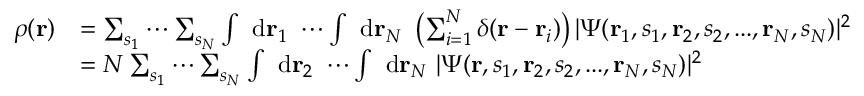
{ \begin{array} { r l } { \rho ( \mathbf { r } ) } & { = \sum _ { { s } _ { 1 } } \cdots \sum _ { { s } _ { N } } \int \ \mathrm { d } \mathbf { r } _ { 1 } \ \cdots \int \ \mathrm { d } \mathbf { r } _ { N } \ \left( \sum _ { i = 1 } ^ { N } \delta ( \mathbf { r } - \mathbf { r } _ { i } ) \right) | \Psi ( \mathbf { r } _ { 1 } , s _ { 1 } , \mathbf { r } _ { 2 } , s _ { 2 } , . . . , \mathbf { r } _ { N } , s _ { N } ) | ^ { 2 } } \\ & { = N \sum _ { { s } _ { 1 } } \cdots \sum _ { { s } _ { N } } \int \ \mathrm { d } \mathbf { r } _ { 2 } \ \cdots \int \ \mathrm { d } \mathbf { r } _ { N } \ | \Psi ( \mathbf { r } , s _ { 1 } , \mathbf { r } _ { 2 } , s _ { 2 } , . . . , \mathbf { r } _ { N } , s _ { N } ) | ^ { 2 } } \end{array} }